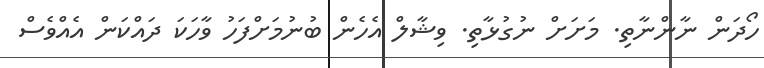
ހޯދަން ނާންނާތި. މަށަށް ނުގުޅާތި. ވިޝާލް އެހެން ބުނުމަށްފަހު ވާހަކަ ދައްކަން އެއްވެސް